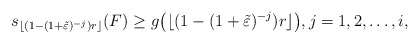
\begin{align*}s_{\lfloor(1-(1+\tilde\varepsilon)^{-j})r\rfloor}(F)\geq g\big(\lfloor(1-(1+\tilde\varepsilon)^{-j})r\rfloor\big),j=1,2,\dots,i,\end{align*}